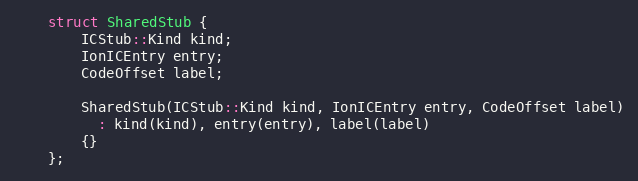
Language: C
    struct SharedStub {
        ICStub::Kind kind;
        IonICEntry entry;
        CodeOffset label;

        SharedStub(ICStub::Kind kind, IonICEntry entry, CodeOffset label)
          : kind(kind), entry(entry), label(label)
        {}
    };